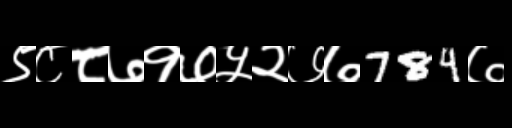
Text: ९८८७१७५२७७784७